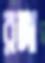
রঙ্গা